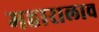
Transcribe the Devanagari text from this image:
महारालाच